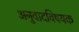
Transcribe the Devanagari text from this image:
अनुवादविषयक